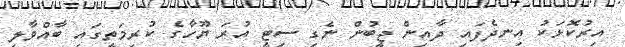
އިރުކޮޅަކު އިނދެފައި ދާއިން ޖީބުން ނެގި ސިޓީ އުރަ ޔޫހާގެ ކުރިމަތީގައި ބާއްވާލި